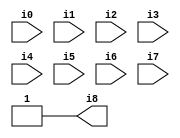
// Benchmark "SKOLEMFORMULA" written by ABC on Mon May  4 15:54:14 2020

module SKOLEMFORMULA ( 
    i0, i1, i2, i3, i4, i5, i6, i7,
    i8  );
  input  i0, i1, i2, i3, i4, i5, i6, i7;
  output i8;
  assign i8 = 1'b1;
endmodule